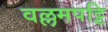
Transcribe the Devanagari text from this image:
वल्लमपट्टि